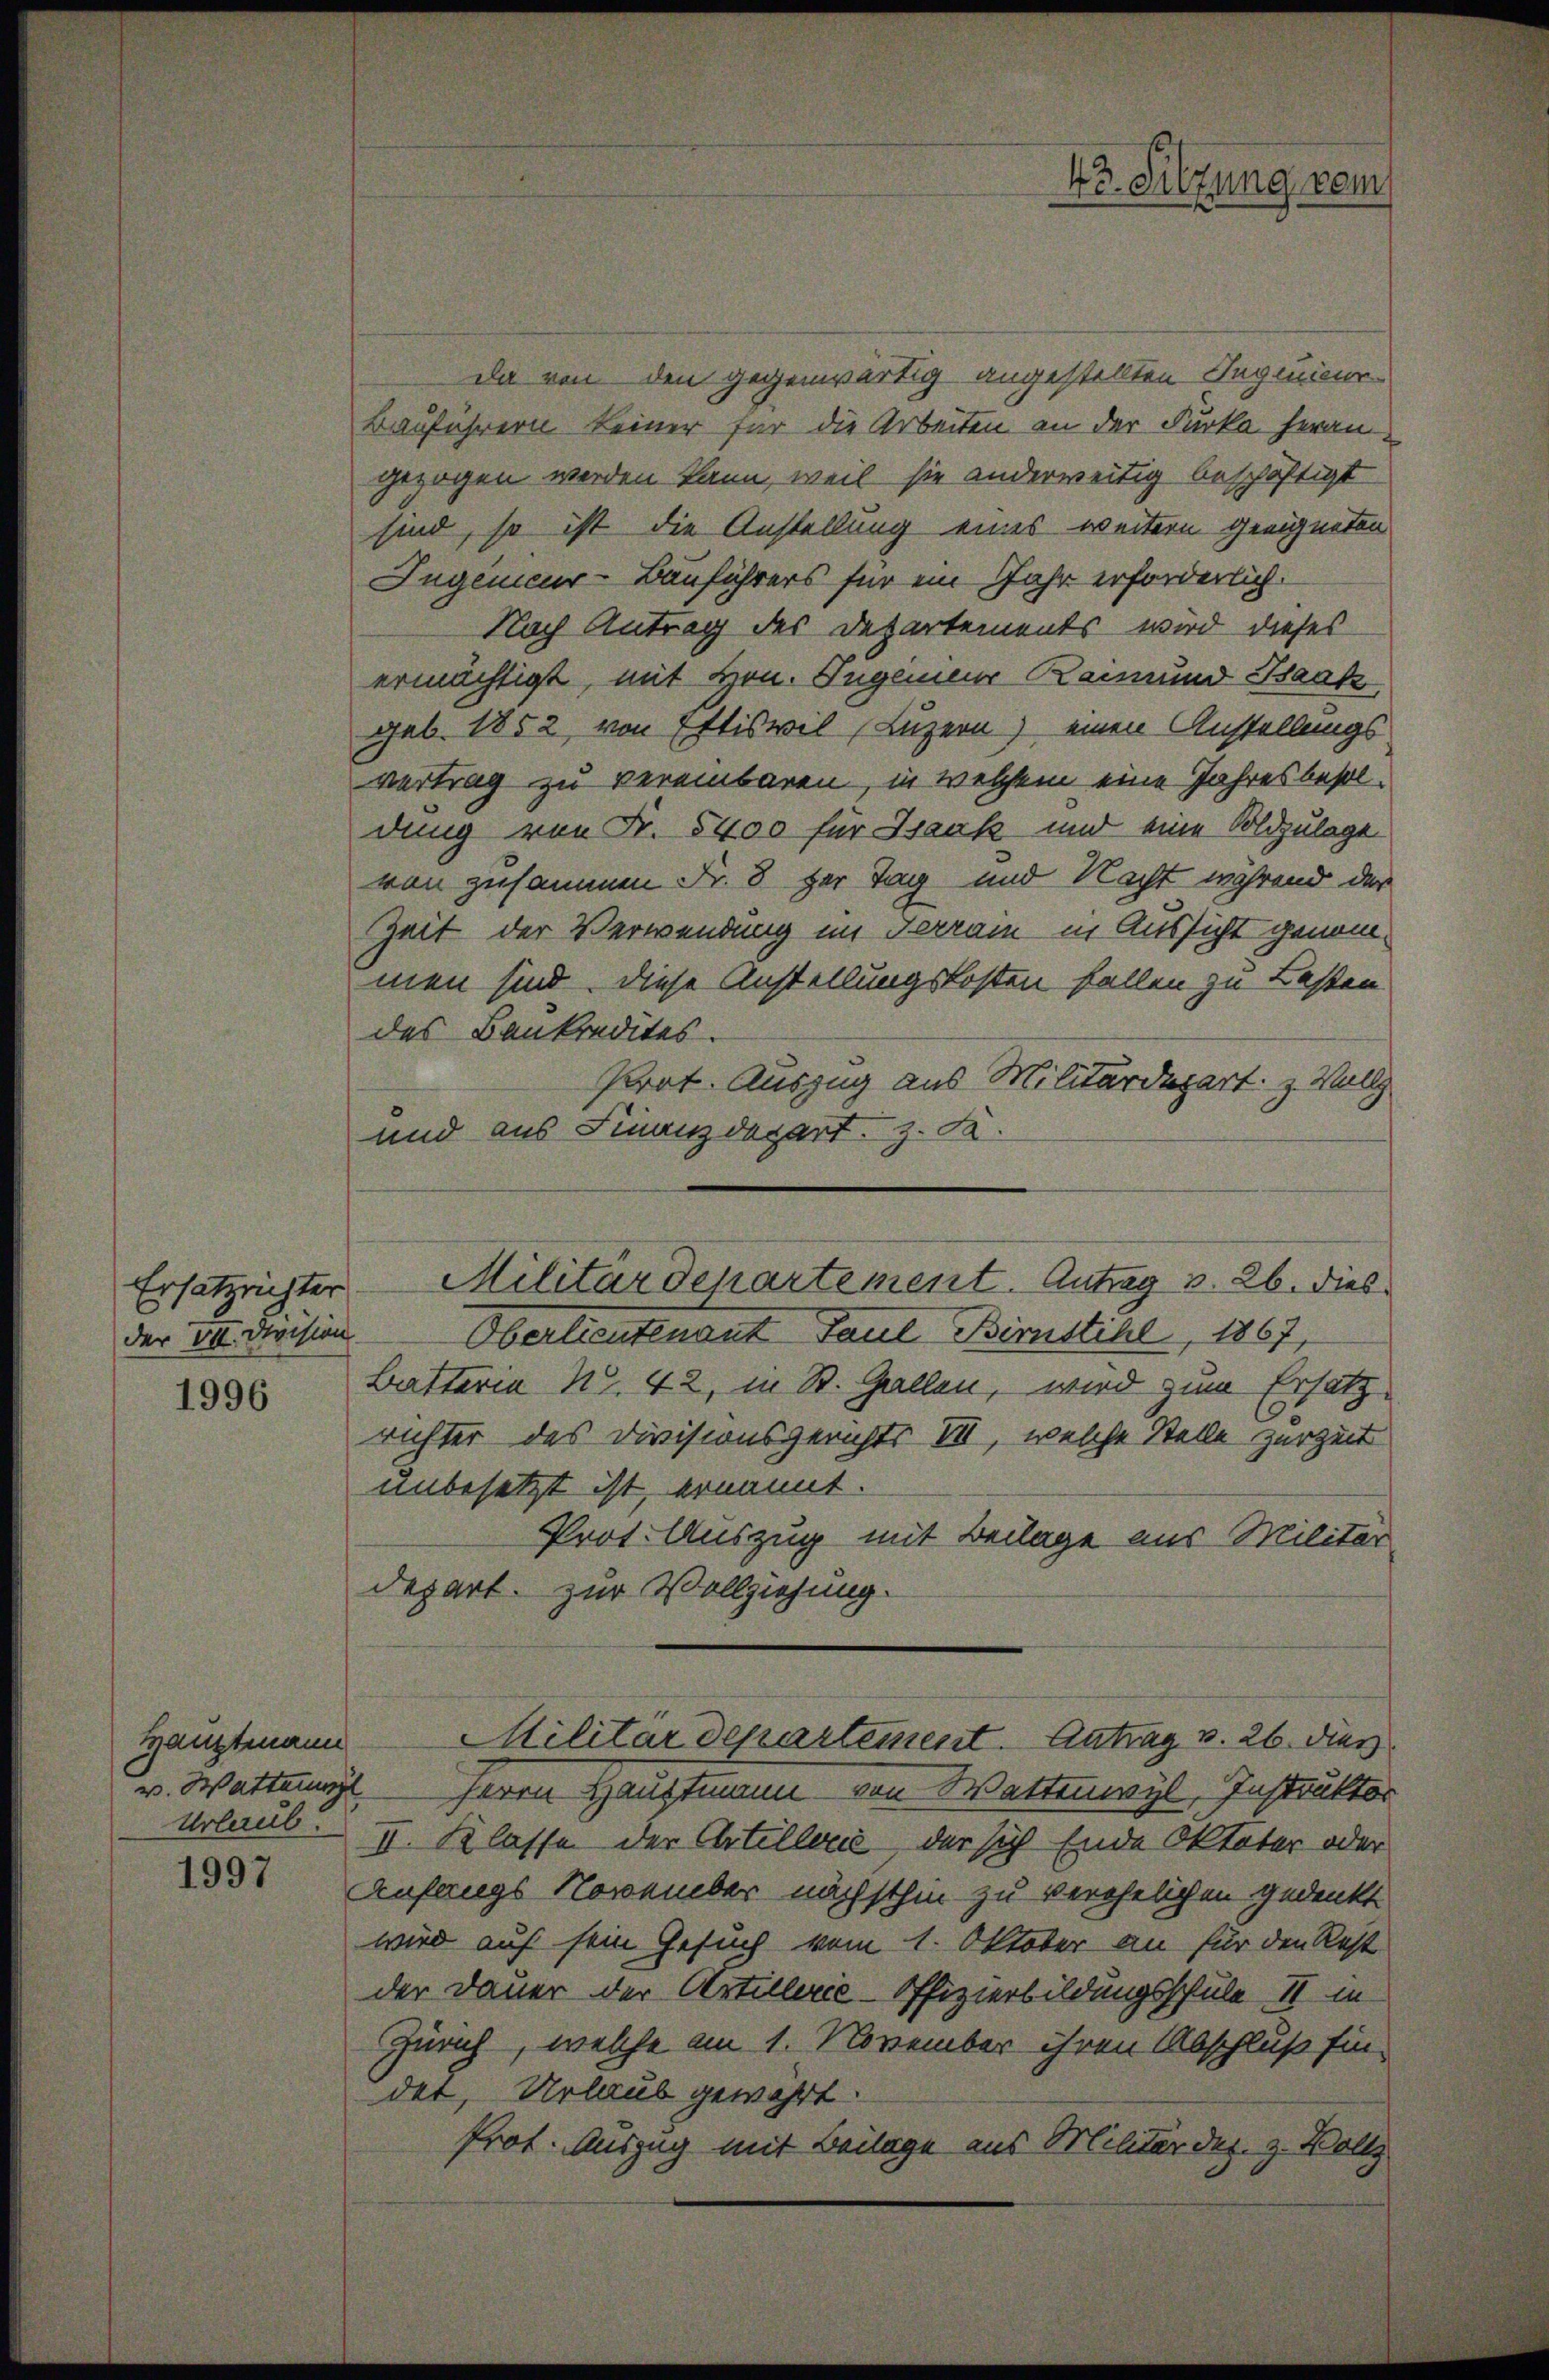
Ersatzrichter
der VII. Division

1996

Hauptmann
v. Watterung
Urlaub.

1997

Da von den gegenwärtig angestellten Ingenieur¬
Bauführern keiner für die Arbeiten an der Furka herau
gezogen werden kann, weil sie anderweitig beschäftigt
sind, so ist die Anstellung eines weitern geeigneten
Ingenieur-Bauführers für ein Jahr erforderlich.
Nach Antrag des Departements wird dieses
ermächtigt, mit Hrn. Ingenieur Raimund Isaak
geb. 1852 von Ettiswil (Luzern) einen Anstellungs
vertrag zu vereinbaren, in welchem eine Jahresbesoldung von Fr. 5400 für Isaak und eine Soldzulage
von zusammen Fr. 8 der Tag und Nacht während der
Zeit der Verwendung im Terram in Aussicht genommen sind diese Anstellungskosten fallen zu Lasten
des Bankredites.
Prot. Auszug aus Militärdepart z. Wall
und aus Finanzdepart z. F.

45. Silzung vom

Militärdepartement. Antrag v. 26. dies

Oberlieutenant Paul Birnstihl, 1867,
Butteria No. 42, in St. Gallen, wird zum Ersatz
richter des Divisionsgerichts VII, welche Stelle zur Zeit
unbesetzt ist, ernannt.
Prot. Auszug mit Beilage aus Militär
depart zur Vollziehung.
.
feren Hauptmann von Wattenwyl, Instruktor
II. Klasse der Artellerić, der sich Ende Oktater oder
Anfangs November nächsthin zu verehelichen Gedenkt
wird auf sein Gesuch vom 1. Oktober an für den Rest
der Dauer der Artillerie-Offizierbildungsschule II in
Zürich, welche am 1. November ihren Abschluß Ein-
det, Urlaub gewährt.
Prot. Auszug mit Beilage aus Militär der z. Vollz

Militärdepartement. Antrag v. 26. dies